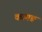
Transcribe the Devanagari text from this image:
कामङ